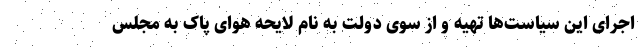
اجرای این سیاست‌ها تهیه و از سوی دولت به نام لایحه هوای پاک به مجلس